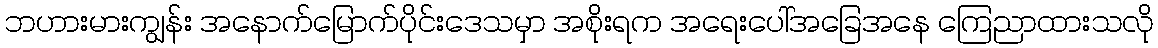
ဘဟားမားကျွန်း အနောက်မြောက်ပိုင်းဒေသမှာ အစိုးရက အရေးပေါ်အခြေအနေ ကြေညာထားသလို